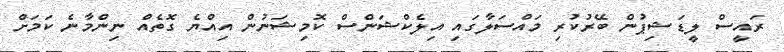
ރައީސް ލީޑަޝިޕުން ބޭރުކުރި މައްސަލާގައި އިލެކްޝަންސް ކޮމިޝަނުން އިއްޔެ ގޮތެއް ނިންމާނެ ކަމަށް